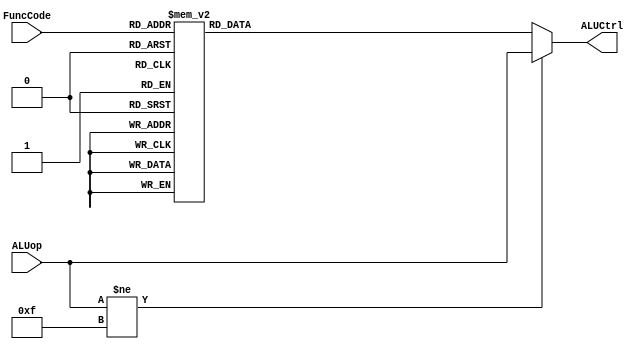
`timescale 1ns / 1ps

`define SLLFunc  6'b000000
`define SRLFunc  6'b000010
`define SRAFunc  6'b000011
`define ADDFunc  6'b100000
`define ADDUFunc 6'b100001
`define SUBFunc  6'b100010
`define SUBUFunc 6'b100011
`define ANDFunc  6'b100100
`define ORFunc   6'b100101
`define XORFunc  6'b000101
`define NORFunc  6'b100111
`define SLTFunc  6'b101010
`define SLTUFunc 6'b101011
//////////////////////////////////////////////////////////////////////////////////
// Company: 
// 
// Design Name: 
// Module Name:    ALUControl 
// Project Name: 
// Target Devices: 
// Tool versions: 
// Description: 
//
// Dependencies: 
//
// Revision: 
// Revision 0.01 - File Created
// Additional Comments: 
//
//////////////////////////////////////////////////////////////////////////////////

module ALUControl( ALUCtrl, ALUop, FuncCode
    );
	
	input [3:0]ALUop;
	input [5:0]FuncCode;
	
	output reg [3:0]ALUCtrl;
	
	always@(*)begin
	
	if(ALUop != 4'b1111) 
		ALUCtrl = ALUop;
	
	else begin
		case(FuncCode)

		`SLLFunc  :  ALUCtrl = 4'b0011;
				
		`SRLFunc  :	 ALUCtrl = 4'b0100;

		`SRAFunc  :	 ALUCtrl = 4'b1101;
				
		`ADDFunc  :	 ALUCtrl = 4'b0010;
				
		`ADDUFunc :	 ALUCtrl = 4'b1000;
				
		`SUBFunc  :	 ALUCtrl = 4'b0110;
				
		`SUBUFunc :	 ALUCtrl = 4'b1001;
				
		`ANDFunc  :	 ALUCtrl = 4'b0000;
				
		`ORFunc   :	 ALUCtrl = 4'b0001;
				
		`XORFunc  :	 ALUCtrl = 4'b1010;
				
		`NORFunc  :	 ALUCtrl = 4'b1100;
				
		`SLTFunc  :	 ALUCtrl = 4'b0111;
				
		`SLTUFunc :	 ALUCtrl = 4'b1011;
				
		  default :	 ALUCtrl = 4'bx;
						
			endcase
		end
	end

endmodule